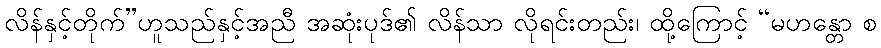
လိန်နှင့်တိုက်”ဟူသည်နှင့်အညီ အဆုံးပုဒ်၏ လိန်သာ လိုရင်းတည်း၊ ထို့ကြောင့် “မဟန္တော စ